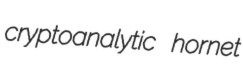
cryptoanalytic hornet